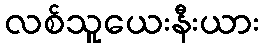
လစ်သူယေးနီးယား